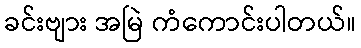
ခင်းဗျား အမြဲ ကံကောင်းပါတယ်။